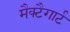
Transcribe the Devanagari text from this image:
मैक्टैगार्ट